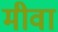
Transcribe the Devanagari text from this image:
मीवा